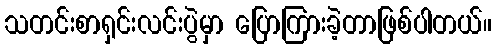
သတင်းစာရှင်းလင်းပွဲမှာ ပြောကြားခဲ့တာဖြစ်ပါတယ်။